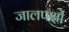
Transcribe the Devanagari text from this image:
जालपक्षों